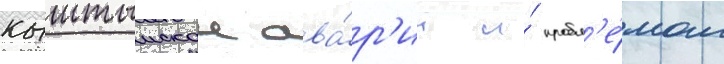
кыштымскои ава́р'ии и́ пробл'е́мам